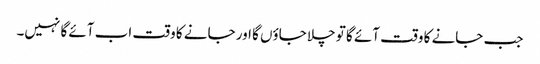
جب جانے کا وقت آئے گا تو چلا جاؤں گا اور جانے کا وقت اب آئے گا نہیں۔